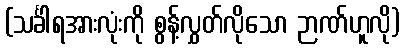
(သင်္ခါရအားလုံးကို စွန့်လွှတ်လိုသော ဉာဏ်ဟူလို)